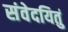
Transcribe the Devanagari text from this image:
संवेदयितुं